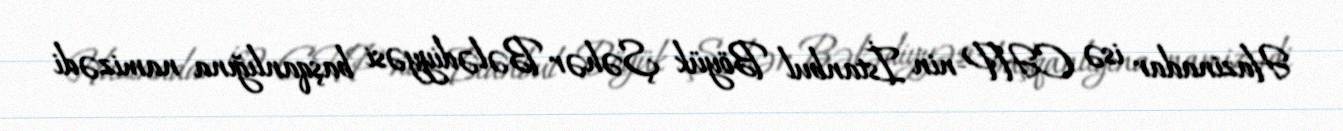
Hazinadar isə CHP-nin İstanbul Böyük Şəhər Bələdiyyəsi başqanlığına namizədi